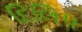
દિલિપ